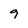
Character: 9